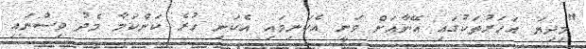
"މިދިޔަ އަހަރުތަކުގައި އޭނާއަށް ވަނީ އެކަނިމައި އެކަނި ހުރެ ކަންކަމާ މެދު ވިސްނައި